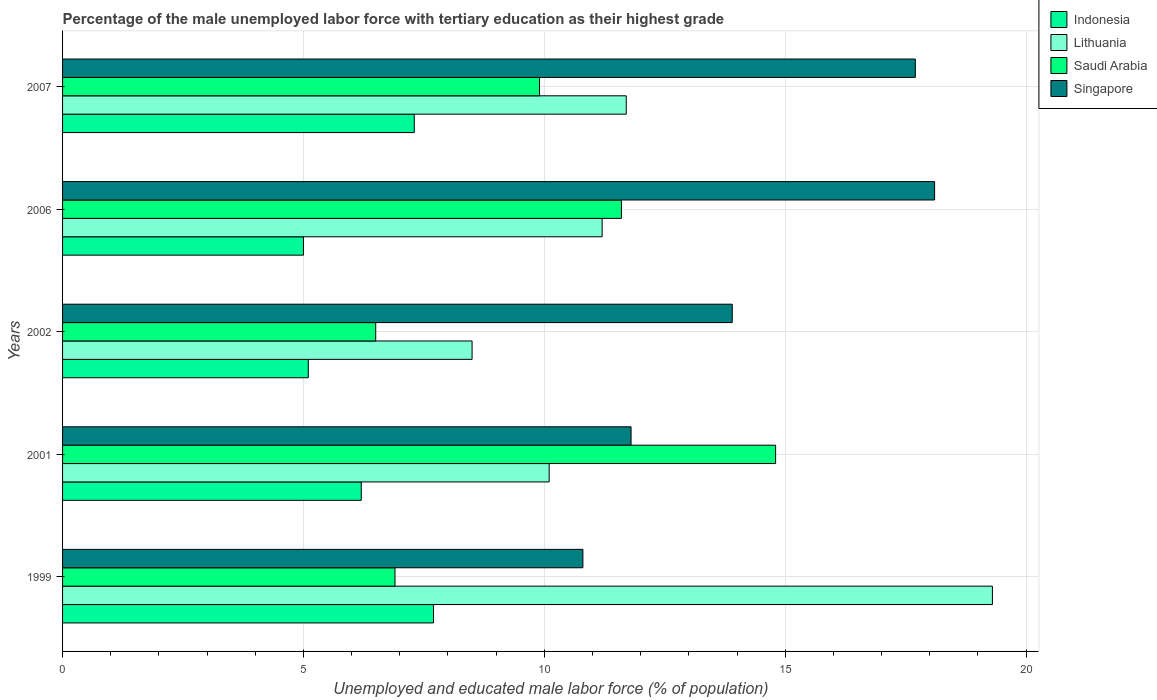
| Years | Indonesia | Lithuania | Saudi Arabia | Singapore |
 | --- | --- | --- | --- | --- |
 | 1999 | 7.7 | 19.3 | 6.9 | 10.8 |
 | 2001 | 6.2 | 10.1 | 14.8 | 11.8 |
 | 2002 | 5.1 | 8.5 | 6.5 | 13.9 |
 | 2006 | 5 | 11.2 | 11.6 | 18.1 |
 | 2007 | 7.3 | 11.7 | 9.9 | 17.7 |